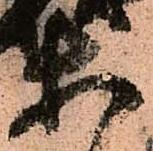
等